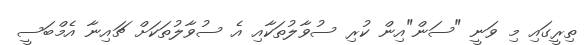
ތިރީގައި މި ވަނީ "ސަން"އިން ކުރި ސުވާލުތަކާއި އެ ސުވާލުތަކަށް ޗައިނާ އެމްބަސީ